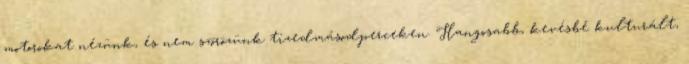
motorokat nézünk, és nem szõrözünk tizedmásodperceken. Hangosabb, kevésbé kulturált,